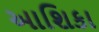
આશિકા